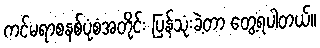
ကင်မရာစနစ်ပုံစံအတိုင်း ပြန်သုံးခဲ့တာ တွေ့ရပါတယ်။